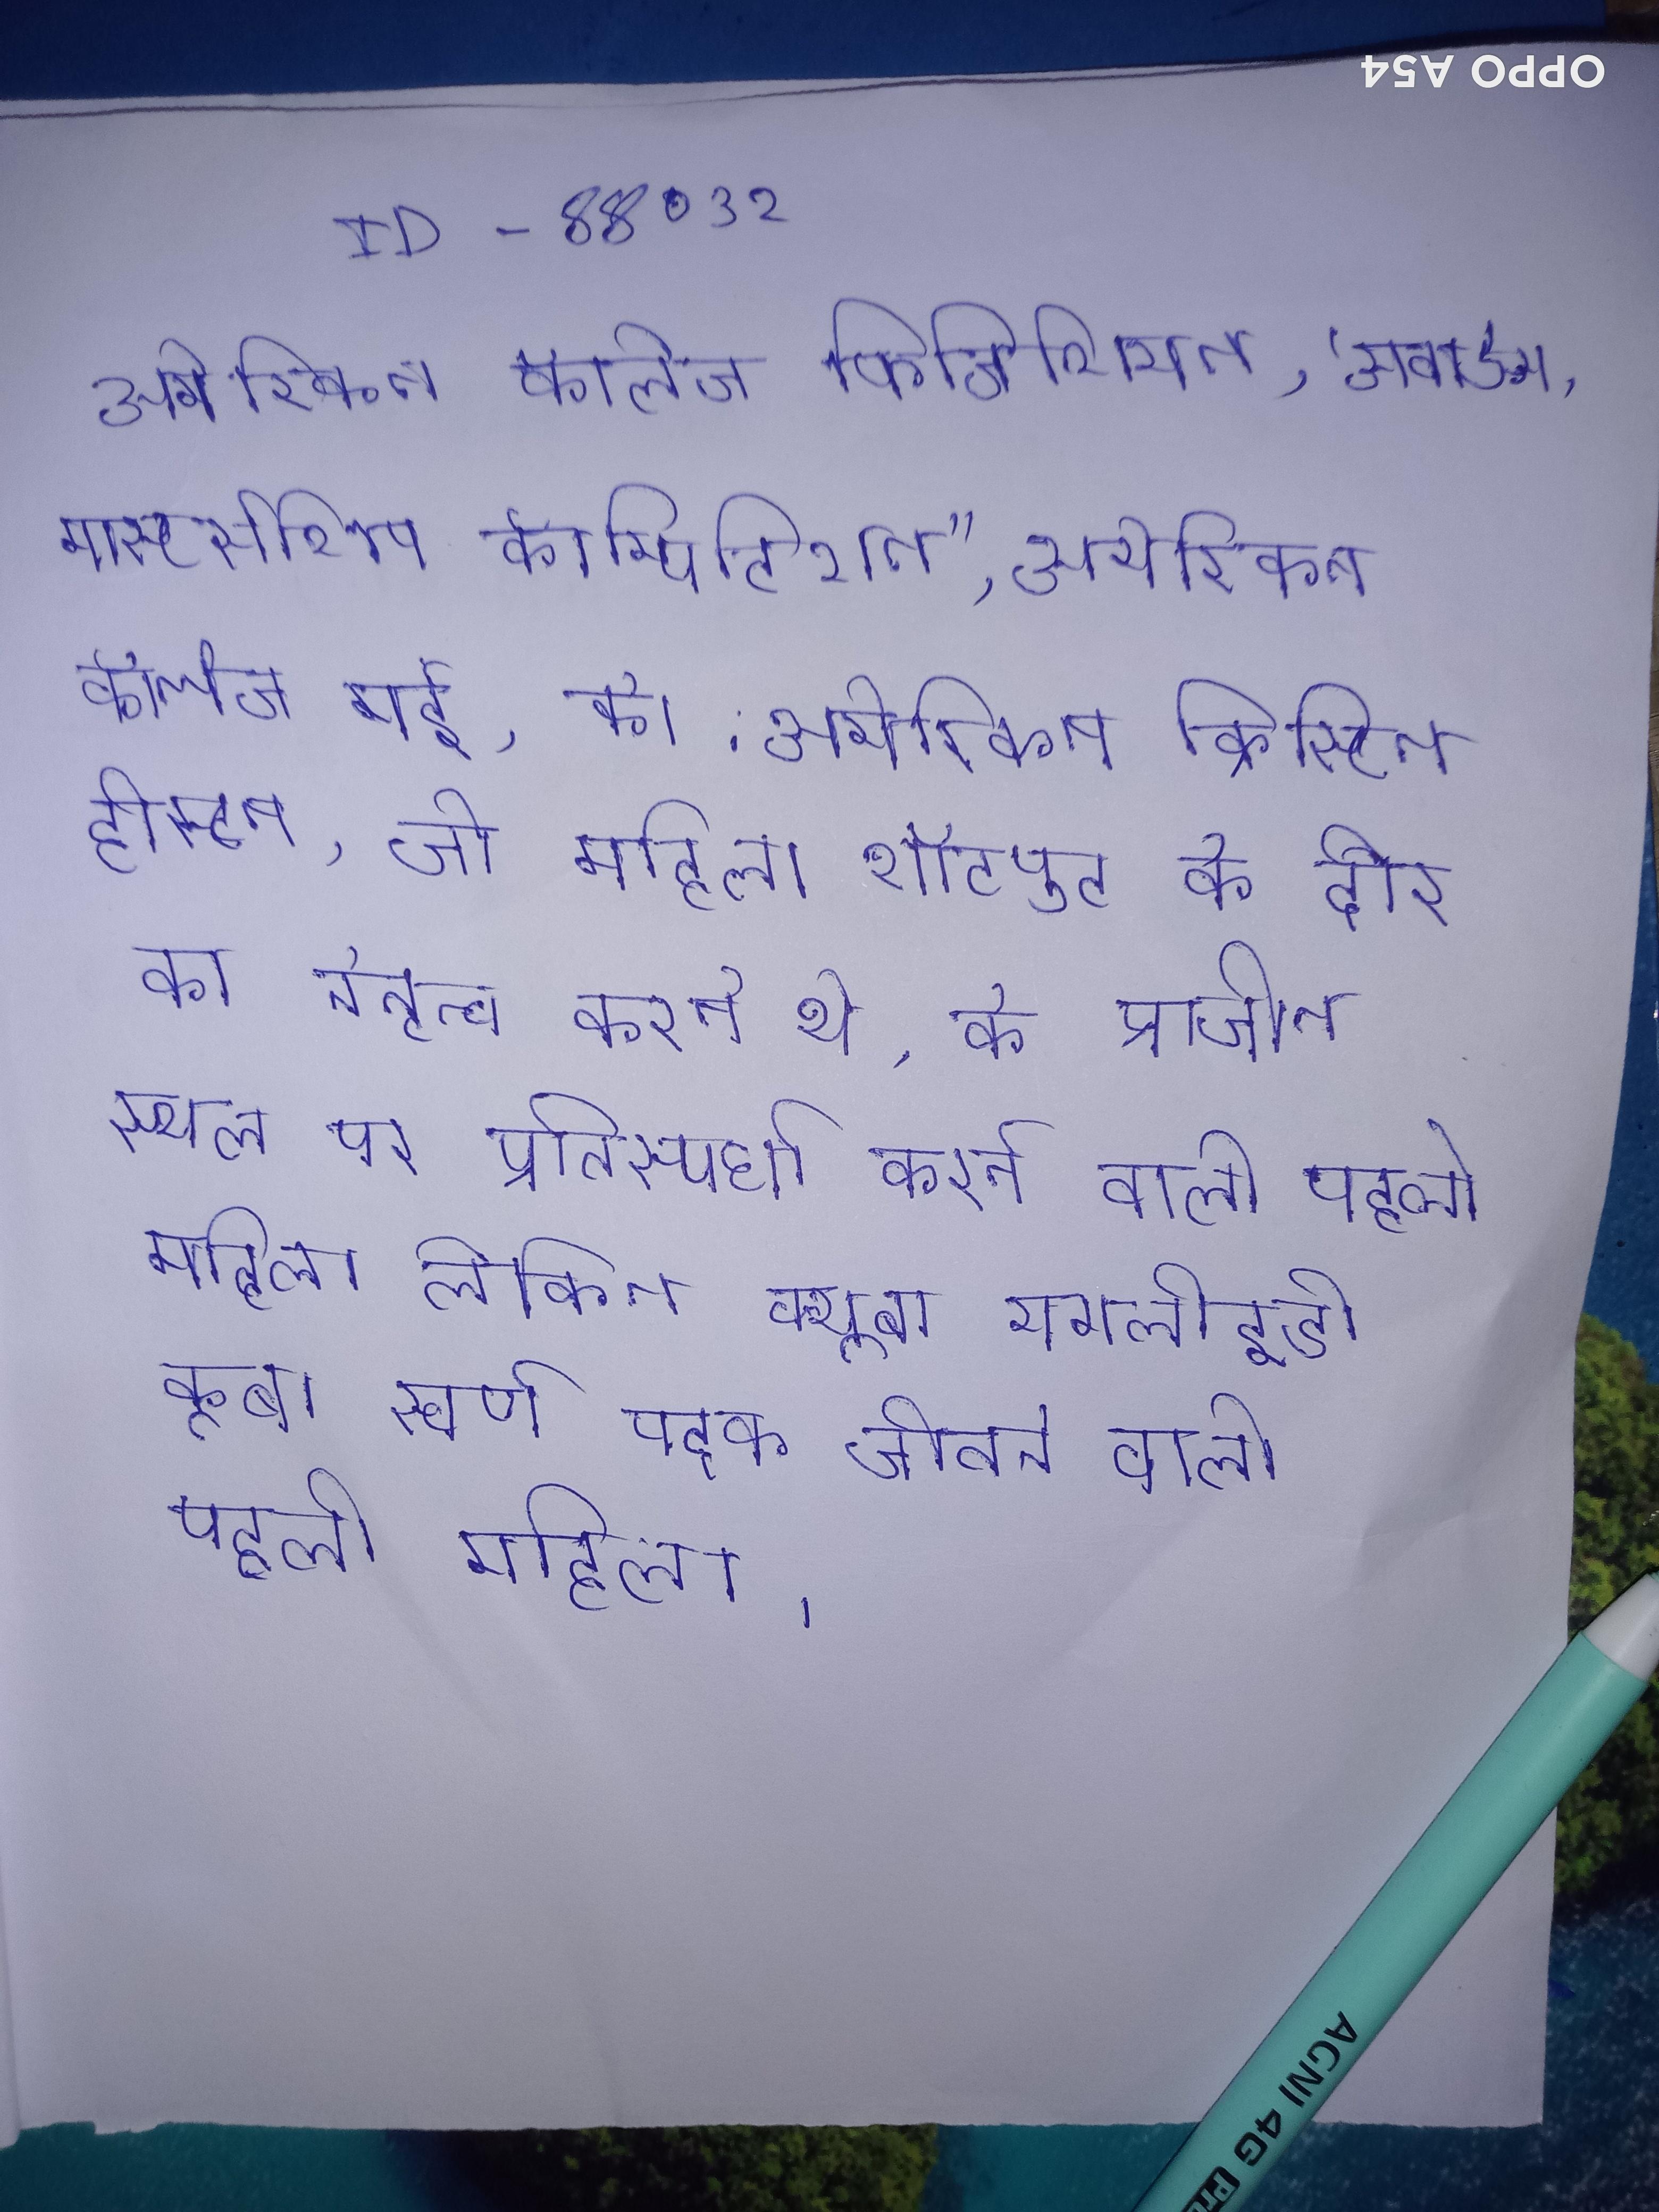
अमेरिकन कॉलेज फिजिशियन, "अवार्ड्स, मास्टर्सशिप कॉम्पिटिशन," अमेरिकन कॉलेज मई, को . अमेरिकन क्रिस्टिन हीस्टन, जो महिला शॉटपुट के दौर का नेतृत्व करते थे, के प्राचीन स्थल पर प्रतिस्पर्धा करने वाली पहली महिला लेकिन क्यूबा यमलीइडी कूबा स्वर्ण पदक जीतने वाली पहली महिला ।